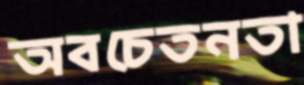
অবচেতনতা